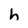
Character: h